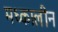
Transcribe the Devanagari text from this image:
मध्कालीन